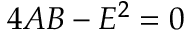
4 A B - E ^ { 2 } = 0